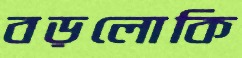
বড়লোকি